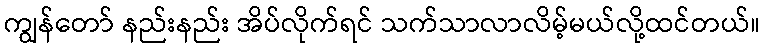
ကျွန်တော် နည်းနည်း အိပ်လိုက်ရင် သက်သာလာလိမ့်မယ်လို့ထင်တယ်။